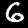
Digit: 6